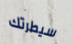
سيطرتك